Annual administration report of the Civil Veterinary Department of India - 1901-1902
Year: 1901
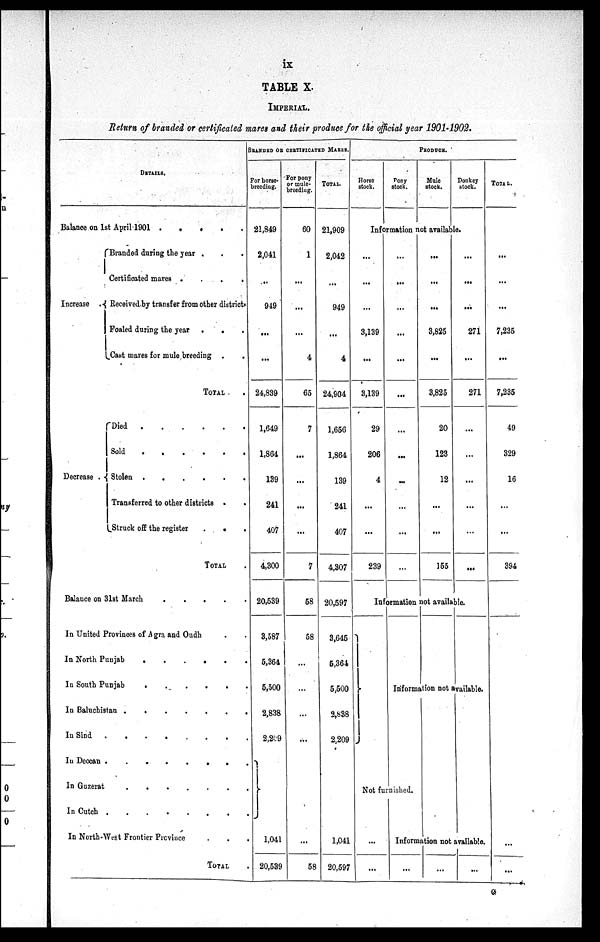
ix
TABLE X.
IMPERIAL.
Return of branded or certificated mares and their produce for the official year 1901-1902.
DETAILS.
Balance on 1st April 1901
.
.
.
.
.
Increase
Branded during the year . . .
Certificated mares .
.
.
.
Received by transfer from other districts
Foaled during the year .
. .
Cast mares for mule breeding . .
TOTAL .
Decrease
Died
.
.
.
.
.
.
Sold
.
.
.
.
.
.
Stolen
.
.
.
.
.
.
Transferred to other districts . .
Struck off the register
.
.
.
TOTAL .
Balance on 31st March
.
.
.
.
.
In United Provinces of Agra and Oudh . .
In North Punjab
.
.
.
.
.
.
In South Punjab
.
.
.
.
.
.
In Baluchistan .
.
.
.
.
.
In Sind
.
.
.
.
.
In Deccan
.
.
.
.
.
.
In Guzerat
.
.
.
.
.
.
In Cutch
.
.
.
.
.
.
In North-West Frontier Province . .
TOTAL .
BRANDED OR CERTIFICATRD MaRES.
For horse-
breeding.
21,849
2,041
...
949
...
...
24,839
1,649
1,864
139
241
407
4,300
20,539
3,587
5,364
5,500
2,838
2,209
1,041
20,539
For pony
or mule-
breeding.
60
1
...
...
...
4
65
7
...
...
...
...
7
58
58
...
...
...
...
...
58
TOTAL.
21,909
2,042
...
949
...
4
24,904
1,656
1,864
139
241
407
4,307
20,597
3,645
5,364
5,500
2,838
2,209
1,041
20,597
Horse
stock.
Produor.
Pony
stock.
Mule
stock.
Donkey
stock.
Information not available.
...
...
...
3,139
...
3,139
29
206
4
...
...
239
...
...
...
...
...
...
...
...
...
...
...
...
...
...
...
3,825
...
3,825
20
123
12
...
...
155
...
...
...
271
...
271
...
...
...
...
...
...
Information not available.
Information not available.
Not furnished.
...
...
Information not available.
...
...
...
TOTAL.
...
...
...
7,235
...
7,235
49
329
16
...
...
394
...
...